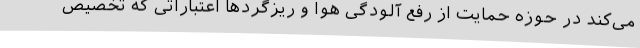
می‌کند در حوزه حمایت از رفع آلودگی هوا و ریزگردها اعتباراتی که تخصیص